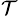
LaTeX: _\mathcal{T}